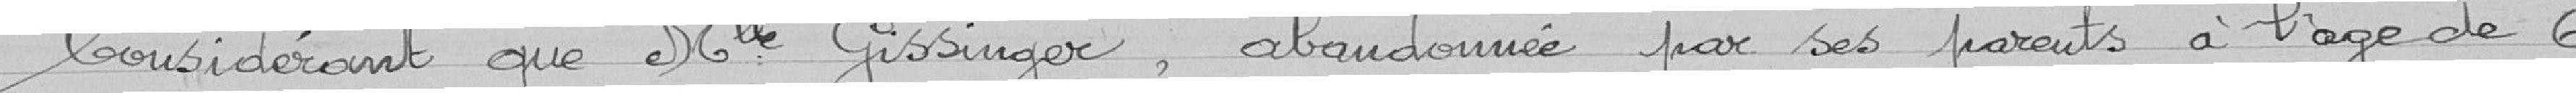
Considérant que Mlle Gissinger, abandonnée par ses parents à l'âge de 6